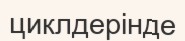
циклдерінде